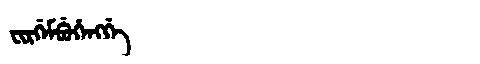
Manchu: ᠸᡳᡵᡤᡝᠮᠪᡠᡥᡝᠩᡤᡝ
Romanization: FIRGEMBUHENGGE